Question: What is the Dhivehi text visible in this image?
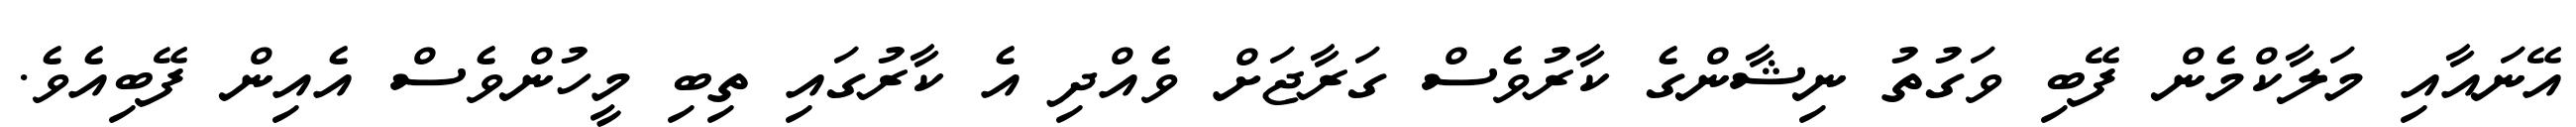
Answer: އޭނައާއި މަލާކްމެން ފޭބި ވަގުތު ނިޝާންގެ ކާރުވެސް ގަރާޖަށް ވެއްދި އެ ކާރުގައި ތިބި މީހުންވެސް އެއިން ފޭބިއެވެ.